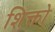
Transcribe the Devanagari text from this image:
शिक्तो